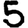
Digit: 5